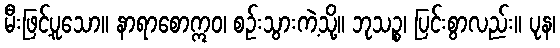
မီးဖြင့်ပူသော။ နာရာစောဣဝ၊ စဉ်းသွားကဲ့သို့။ ဘုသဉ္စ၊ ပြင်းစွာလည်း။ ပုန၊